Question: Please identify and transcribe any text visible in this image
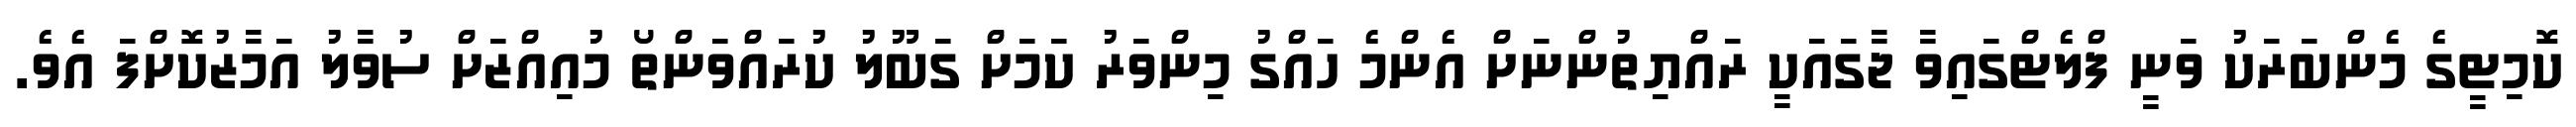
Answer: ކޮމިޓީގެ މެންބަރަކު ވަނީ ފްލެޓްގައިވާ ޖާގައަކީ ރައްޔިތުންނަށް އެންމެ ހައްގު މިންވަރު ކަމަށް ގަބޫލު ކުރައްވަންތޯ މުއިއްޒަށް ސުވާލު އަމާޒުކޮށްފަ އެވެ.